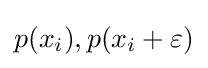
p(x_{i}),p(x_{i}+\varepsilon )